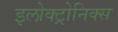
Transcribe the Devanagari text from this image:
इलोक्ट्रोनिक्स